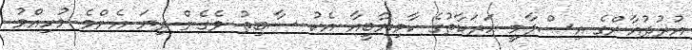
އުރުދުޣާންގެ އިސްލާމީ ހަރަކާތުގެ ކާމިޔާބީއާ އެކު ސާބިތު ވެގެން ދިޔަ އެންމެ މުހިއްމު